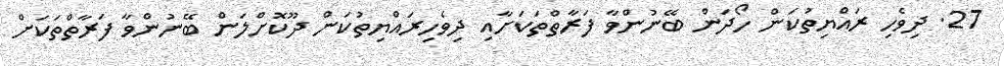
27. ދިވެހި ރައްޔިތުކަން ހޯދަން ބޭނުންވާ ފަރާތްތަކަށާއި ދިވެހިރައްޔިތުކަން ދޫކޮށްލަން ބޭނުންވާ ފަރާތްތަކަށް